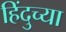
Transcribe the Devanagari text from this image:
हिंदुच्या